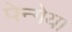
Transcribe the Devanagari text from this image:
पेन्गेया